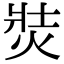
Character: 焋